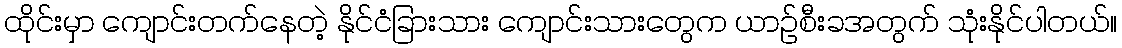
ထိုင်းမှာ ကျောင်းတက်နေတဲ့ နိုင်ငံခြားသား ကျောင်းသားတွေက ယာဉ်စီးခအတွက် သုံးနိုင်ပါတယ်။